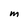
Character: M